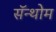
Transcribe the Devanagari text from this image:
सॅन्थोम